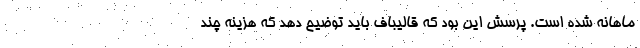
ماهانه شده است. پرسش این بود که قالیباف باید توضیح دهد که هزینه چند